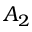
A _ { 2 }